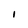
Character: I